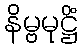
နိမ္ဗမုဋ္ဌိံ